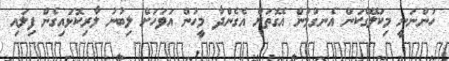
ހުންނަނީ މިކަލޭގެކަން އެނގުމުން އެގޮތަށް އެގެންދާ މީހުން އަވަހަށް ލިބުނު ލާރިކޮޅައިގެން ފިލައި